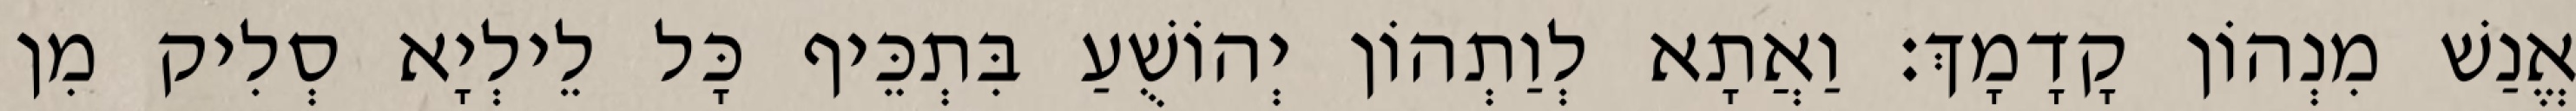
אֱנַשׁ מִנְהוֹן קָדָמָךְ׃ וַאֲתָא לְוַתְהוֹן יְהוֹשֻׁעַ בִּתְכֵּיף כָּל לֵילְיָא סְלִיק מִן